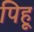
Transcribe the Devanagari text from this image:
पिहू